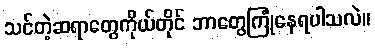
သင်တဲ့ဆရာတွေကိုယ်တိုင် ဘာတွေကြုံနေရပါသလဲ။